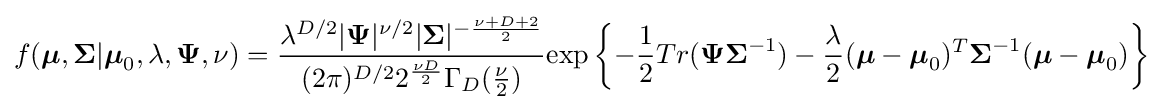
f({\boldsymbol {\mu }},{\boldsymbol {\Sigma }}|{\boldsymbol {\mu }}_{0},\lambda ,{\boldsymbol {\Psi }},\nu )={\frac {\lambda ^{D/2}|{\boldsymbol {\Psi }}|^{\nu /2}|{\boldsymbol {\Sigma }}|^{-{\frac {\nu +D+2}{2}}}}{(2\pi )^{D/2}2^{\frac {\nu D}{2}}\Gamma _{D}({\frac {\nu }{2}})}}{\text{exp}}\left\{-{\frac {1}{2}}Tr({\boldsymbol {\Psi \Sigma }}^{-1})-{\frac {\lambda }{2}}({\boldsymbol {\mu }}-{\boldsymbol {\mu }}_{0})^{T}{\boldsymbol {\Sigma }}^{-1}({\boldsymbol {\mu }}-{\boldsymbol {\mu }}_{0})\right\}